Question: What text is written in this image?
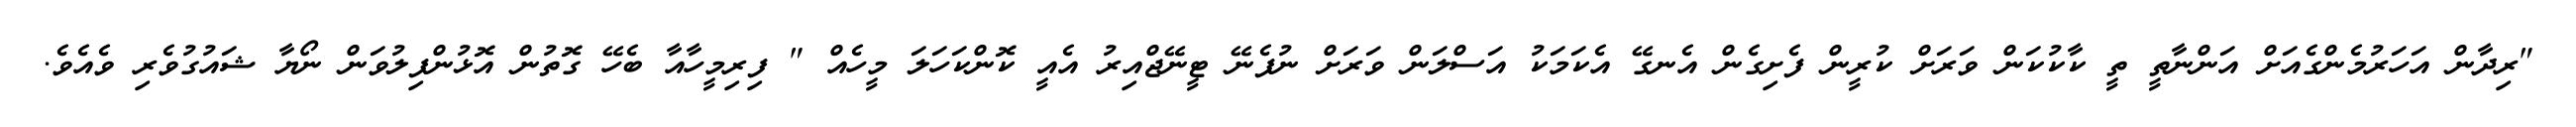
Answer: "ރިދާން އަހަރުމެންގެއަށް އަންނާތީ ތީ ކާކުކަން ވަރަށް ކުރީން ފެށިގެން އެނގޭ އެކަމަކު އަސްލަން ވަރަށް ނުފެނޭ ޓީނޭޖްއިރު އެއީ ކޮންކަހަލަ މީހެއް " ފިރިމީހާއާ ބެހޭ ގޮތުން އޮޅުންފިލުވަން ނޯޔާ ޝައުގުވެރި ވެއެވެ.